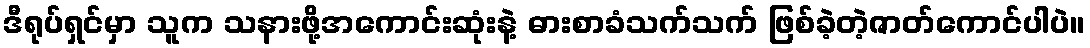
ဒီရုပ်ရှင်မှာ သူက သနားဖို့အကောင်းဆုံးနဲ့ ဓားစာခံသက်သက် ဖြစ်ခဲ့တဲ့ဇာတ်ကောင်ပါပဲ။